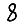
Digit: 8